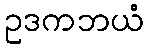
ဥဒကဘယံ